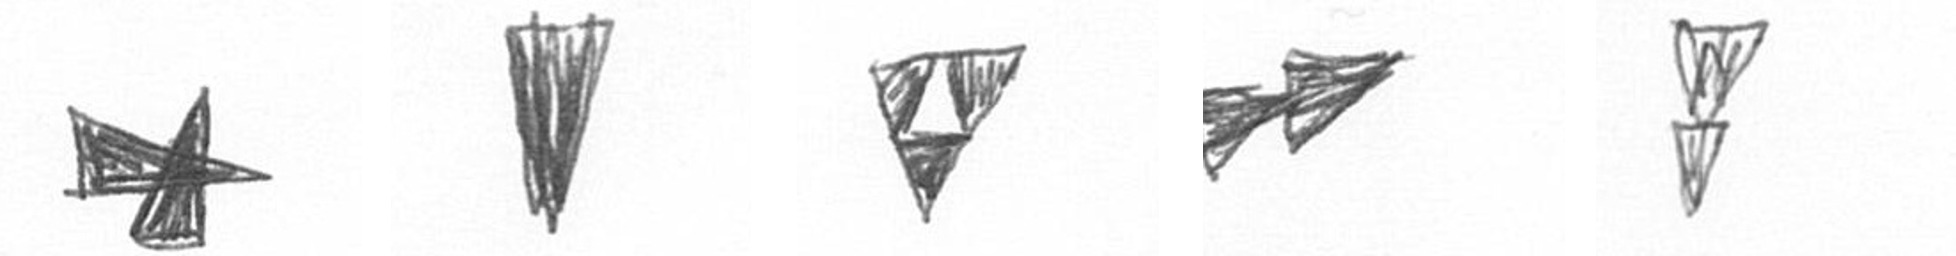
G J S A Z